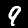
Label: 9